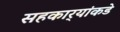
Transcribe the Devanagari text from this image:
सहकार्‍यांकडे